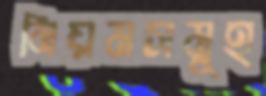
নিয়মসমূহ